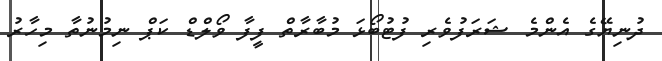
ދުނިޔޭގެ އެންމެ ޝަރަފުވެރި ފުޓުބޯޅަ މުބާރާތް ފީފާ ވޯލްޑް ކަޕް ނިމުނުތާ މިހާރު